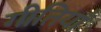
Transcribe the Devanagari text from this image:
गीतियाँ